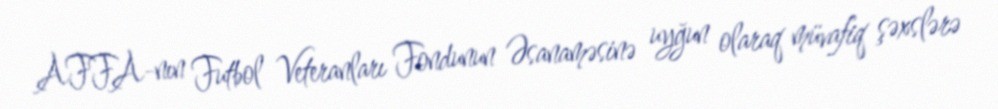
AFFA-nın Futbol Veteranları Fondunun Əsanaməsinə uyğun olaraq müvafiq şəxslərə